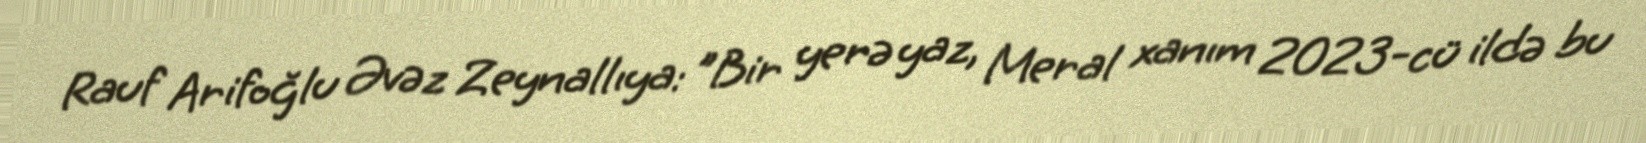
Rauf Arifoğlu Əvəz Zeynallıya: "Bir yerə yaz, Meral xanım 2023-cü ildə bu